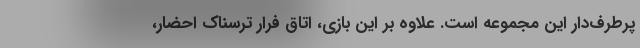
پرطرف‌دار این مجموعه است. علاوه بر این بازی، اتاق فرار ترسناک احضار،